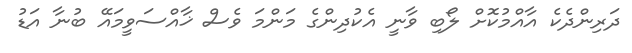
ދަރިންދެކެ އާއްމުކޮށް ލޯބި ވާނީ އެކުދިންގެ މަންމަ ވެސް ޚާއްސަވީމައޭ ބުނާ އަޑު